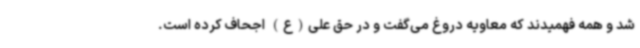
شد و همه فهمیدند که معاویه دروغ می‌گفت و در حق علی(ع) اجحاف کرده است.